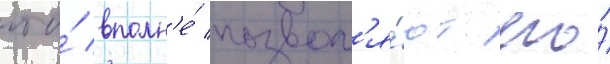
что́ вполн'е́ позвол'я́ют его́